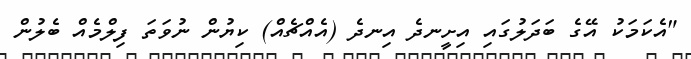
"އެކަމަކު އޭގެ ބަދަލުގައި އިށީނދެ އިނދެ (އެއްޗެއް) ކިޔުން ނުވަތަ ފިލްމެއް ބެލުން